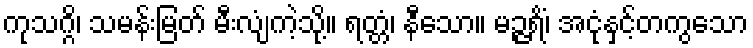
ကုသဂ္ဂိ၊ သမန်းမြတ် မီးလျံကဲ့သို့။ ရတ္တံ၊ နီသော။ မဉ္ဇရိံ၊ အငုံနှင့်တကွသော